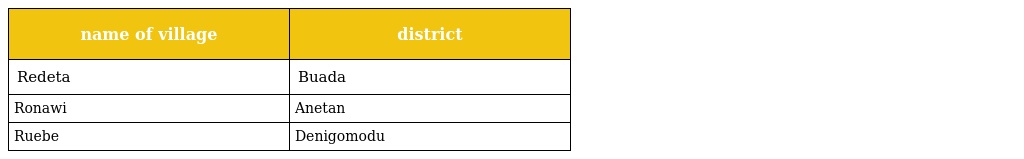
| name of village | district |
 | --- | --- |
 | Redeta | Buada |
 | Ronawi | Anetan |
 | Ruebe | Denigomodu |